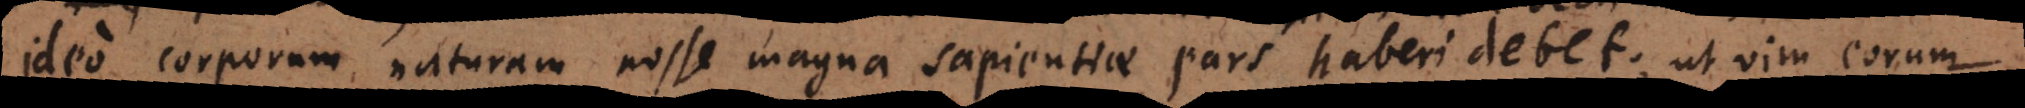
ideo corporum naturam nosse magna sapientiae pars haberi debet; ut vim eorum